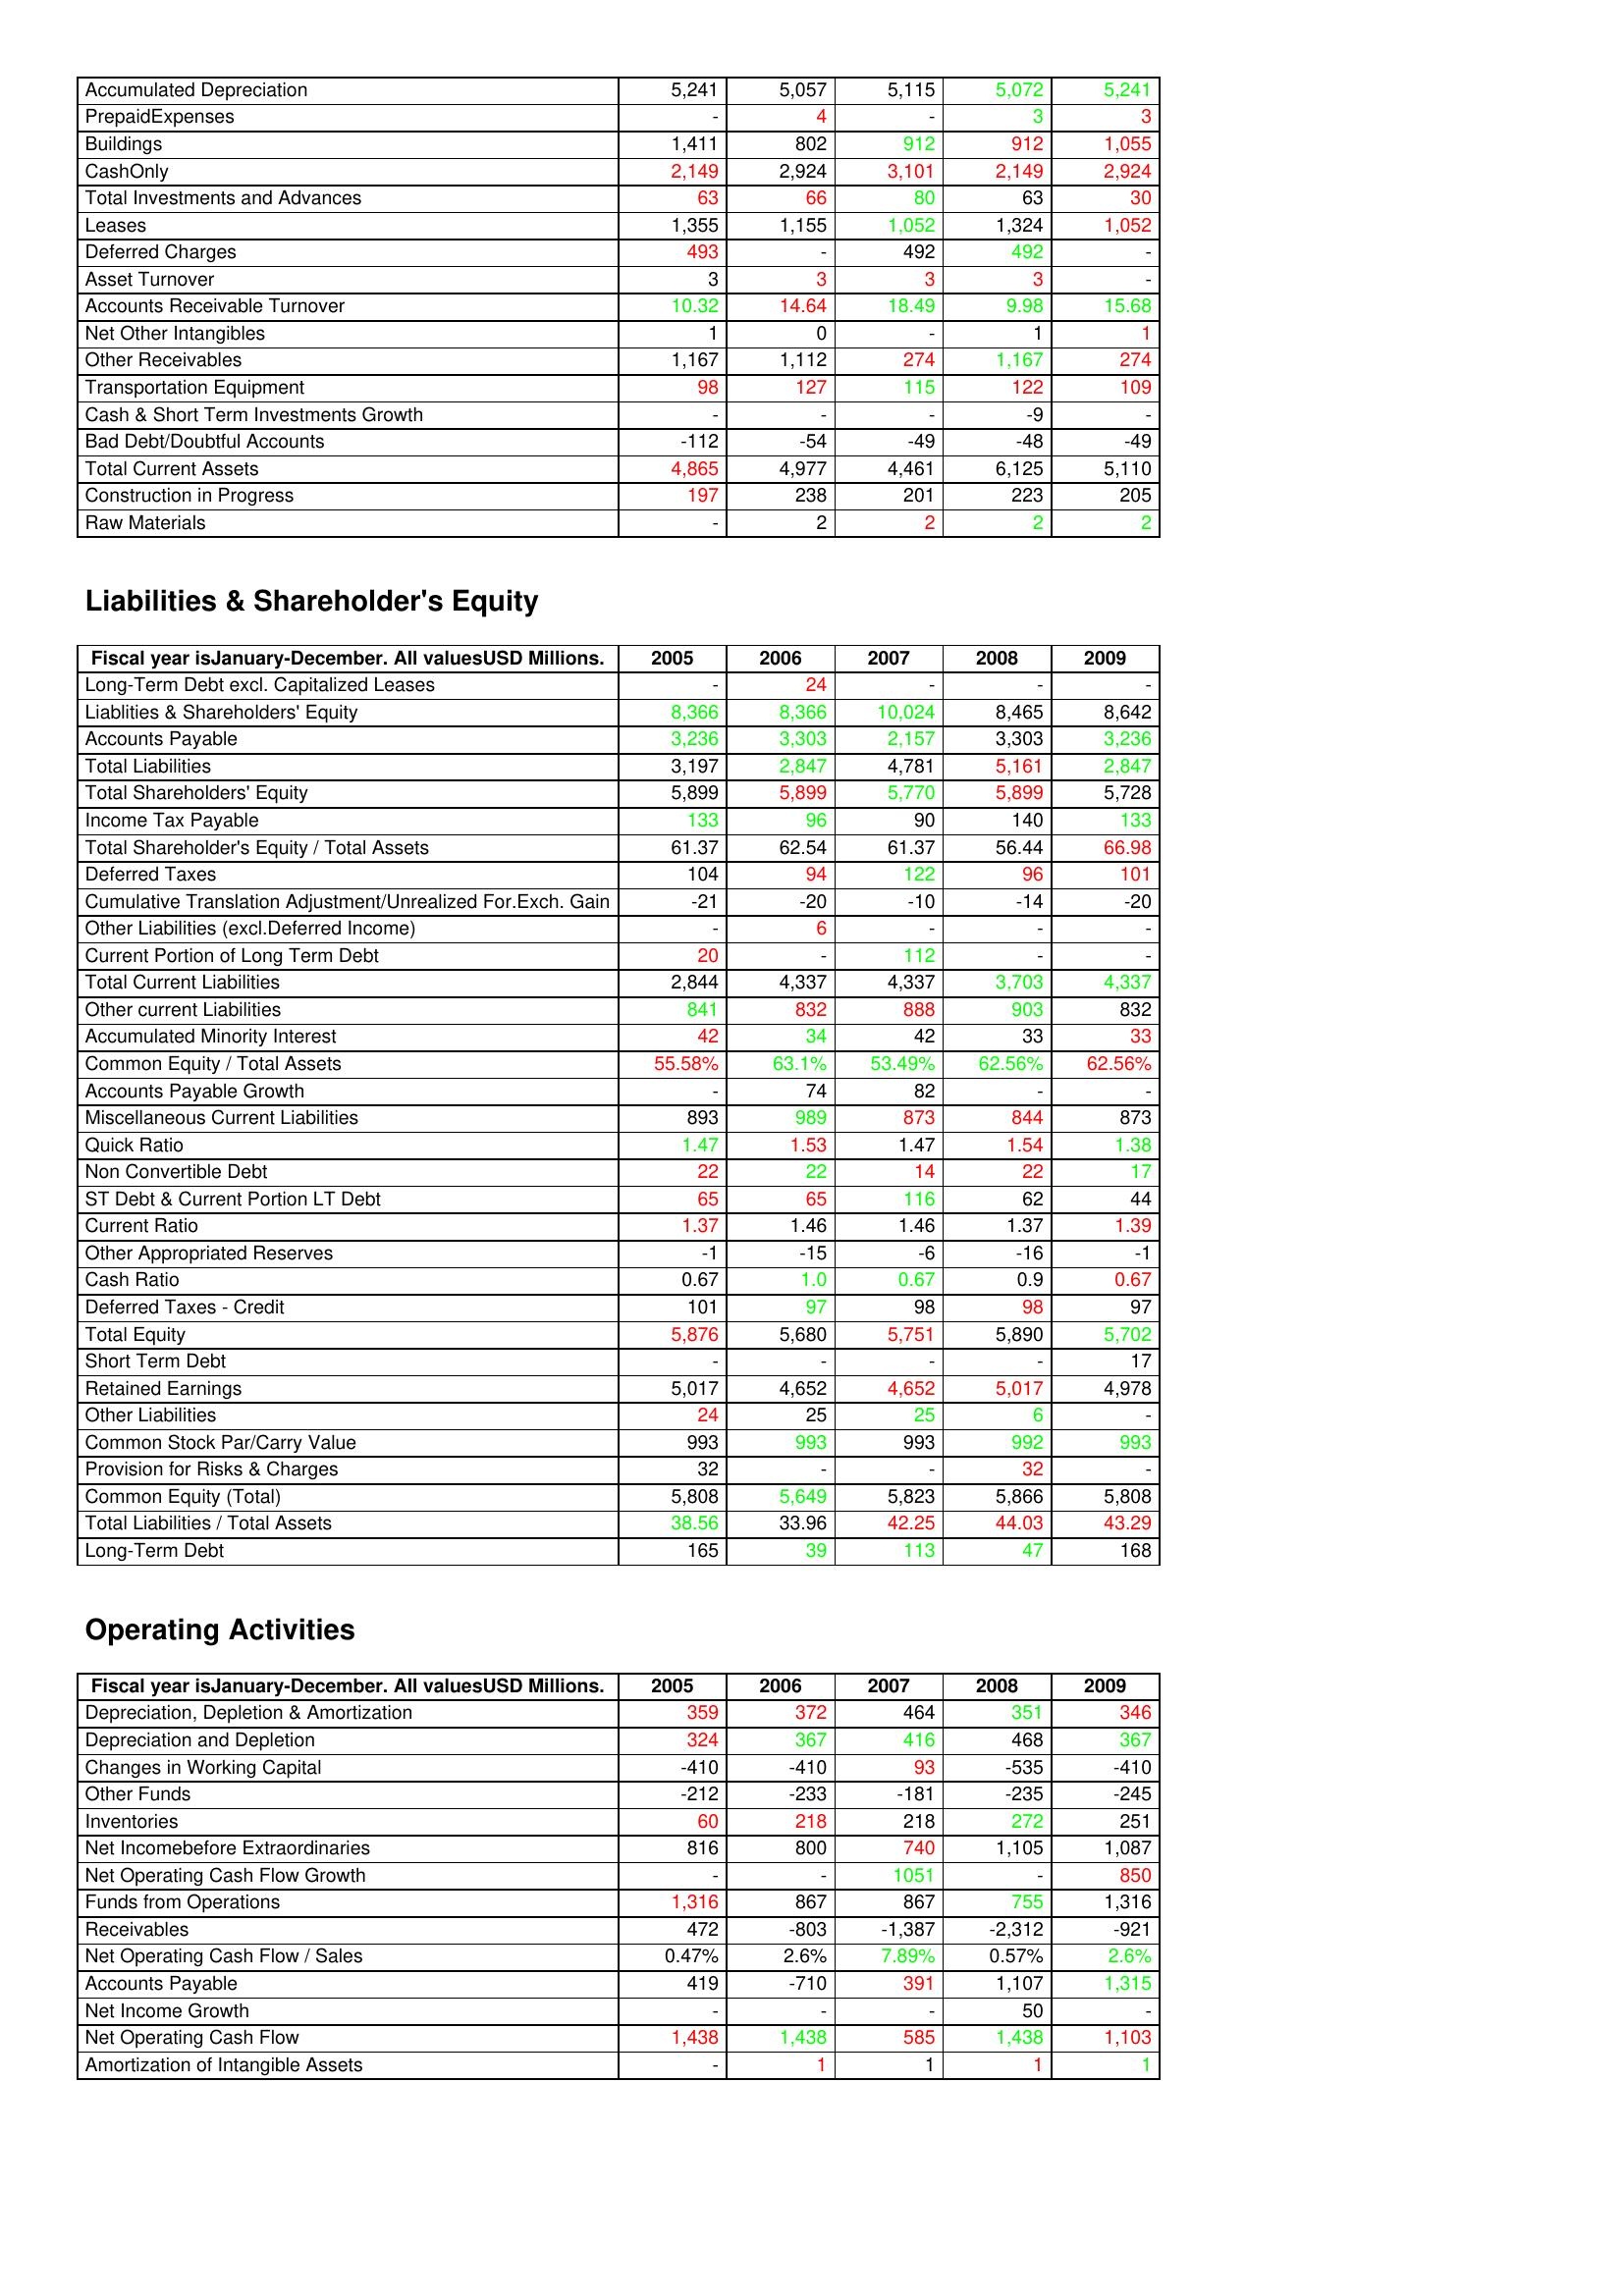
gt_parse: 2005: Assets: Accumulated Depreciation: 5,241
PrepaidExpenses: -
Buildings: 1,411
CashOnly: 2,149
Total Investments and Advances: 63
Leases: 1,355
Deferred Charges: 493
Asset Turnover: 3
Accounts Receivable Turnover: 10.32
Net Other Intangibles: 1
Other Receivables: 1,167
Transportation Equipment: 98
Cash & Short Term Investments Growth: -
Bad Debt/Doubtful Accounts: -112
Total Current Assets: 4,865
Construction in Progress: 197
Raw Materials: -
Liabilities & Shareholder's Equity: Long-Term Debt excl. Capitalized Leases: -
Liablities & Shareholders' Equity: 8,366
Accounts Payable: 3,236
Total Liabilities: 3,197
Total Shareholders' Equity: 5,899
Income Tax Payable: 133
Total Shareholder's Equity / Total Assets: 61.37
Deferred Taxes: 104
Cumulative Translation Adjustment/Unrealized For.Exch. Gain: -21
Other Liabilities (excl.Deferred Income): -
Current Portion of Long Term Debt: 20
Total Current Liabilities: 2,844
Other current Liabilities: 841
Accumulated Minority Interest: 42
Common Equity / Total Assets: 55.58%
Accounts Payable Growth: -
Miscellaneous Current Liabilities: 893
Quick Ratio: 1.47
Non Convertible Debt: 22
ST Debt & Current Portion LT Debt: 65
Current Ratio: 1.37
Other Appropriated Reserves: -1
Cash Ratio: 0.67
Deferred Taxes - Credit: 101
Total Equity: 5,876
Short Term Debt: -
Retained Earnings: 5,017
Other Liabilities: 24
Common Stock Par/Carry Value: 993
Provision for Risks & Charges: 32
Common Equity (Total): 5,808
Total Liabilities / Total Assets: 38.56
Long-Term Debt: 165
Operating Activities: Depreciation, Depletion & Amortization: 359
Depreciation and Depletion: 324
Changes in Working Capital: -410
Other Funds: -212
Inventories: 60
Net Incomebefore Extraordinaries: 816
Net Operating Cash Flow Growth: -
Funds from Operations: 1,316
Receivables: 472
Net Operating Cash Flow / Sales: 0.47%
Accounts Payable: 419
Net Income Growth: -
Net Operating Cash Flow: 1,438
Amortization of Intangible Assets: -
2006: Assets: Accumulated Depreciation: 5,057
PrepaidExpenses: 4
Buildings: 802
CashOnly: 2,924
Total Investments and Advances: 66
Leases: 1,155
Deferred Charges: -
Asset Turnover: 3
Accounts Receivable Turnover: 14.64
Net Other Intangibles: 0
Other Receivables: 1,112
Transportation Equipment: 127
Cash & Short Term Investments Growth: -
Bad Debt/Doubtful Accounts: -54
Total Current Assets: 4,977
Construction in Progress: 238
Raw Materials: 2
Liabilities & Shareholder's Equity: Long-Term Debt excl. Capitalized Leases: 24
Liablities & Shareholders' Equity: 8,366
Accounts Payable: 3,303
Total Liabilities: 2,847
Total Shareholders' Equity: 5,899
Income Tax Payable: 96
Total Shareholder's Equity / Total Assets: 62.54
Deferred Taxes: 94
Cumulative Translation Adjustment/Unrealized For.Exch. Gain: -20
Other Liabilities (excl.Deferred Income): 6
Current Portion of Long Term Debt: -
Total Current Liabilities: 4,337
Other current Liabilities: 832
Accumulated Minority Interest: 34
Common Equity / Total Assets: 63.1%
Accounts Payable Growth: 74
Miscellaneous Current Liabilities: 989
Quick Ratio: 1.53
Non Convertible Debt: 22
ST Debt & Current Portion LT Debt: 65
Current Ratio: 1.46
Other Appropriated Reserves: -15
Cash Ratio: 1.0
Deferred Taxes - Credit: 97
Total Equity: 5,680
Short Term Debt: -
Retained Earnings: 4,652
Other Liabilities: 25
Common Stock Par/Carry Value: 993
Provision for Risks & Charges: -
Common Equity (Total): 5,649
Total Liabilities / Total Assets: 33.96
Long-Term Debt: 39
Operating Activities: Depreciation, Depletion & Amortization: 372
Depreciation and Depletion: 367
Changes in Working Capital: -410
Other Funds: -233
Inventories: 218
Net Incomebefore Extraordinaries: 800
Net Operating Cash Flow Growth: -
Funds from Operations: 867
Receivables: -803
Net Operating Cash Flow / Sales: 2.6%
Accounts Payable: -710
Net Income Growth: -
Net Operating Cash Flow: 1,438
Amortization of Intangible Assets: 1
2007: Assets: Accumulated Depreciation: 5,115
PrepaidExpenses: -
Buildings: 912
CashOnly: 3,101
Total Investments and Advances: 80
Leases: 1,052
Deferred Charges: 492
Asset Turnover: 3
Accounts Receivable Turnover: 18.49
Net Other Intangibles: -
Other Receivables: 274
Transportation Equipment: 115
Cash & Short Term Investments Growth: -
Bad Debt/Doubtful Accounts: -49
Total Current Assets: 4,461
Construction in Progress: 201
Raw Materials: 2
Liabilities & Shareholder's Equity: Long-Term Debt excl. Capitalized Leases: -
Liablities & Shareholders' Equity: 10,024
Accounts Payable: 2,157
Total Liabilities: 4,781
Total Shareholders' Equity: 5,770
Income Tax Payable: 90
Total Shareholder's Equity / Total Assets: 61.37
Deferred Taxes: 122
Cumulative Translation Adjustment/Unrealized For.Exch. Gain: -10
Other Liabilities (excl.Deferred Income): -
Current Portion of Long Term Debt: 112
Total Current Liabilities: 4,337
Other current Liabilities: 888
Accumulated Minority Interest: 42
Common Equity / Total Assets: 53.49%
Accounts Payable Growth: 82
Miscellaneous Current Liabilities: 873
Quick Ratio: 1.47
Non Convertible Debt: 14
ST Debt & Current Portion LT Debt: 116
Current Ratio: 1.46
Other Appropriated Reserves: -6
Cash Ratio: 0.67
Deferred Taxes - Credit: 98
Total Equity: 5,751
Short Term Debt: -
Retained Earnings: 4,652
Other Liabilities: 25
Common Stock Par/Carry Value: 993
Provision for Risks & Charges: -
Common Equity (Total): 5,823
Total Liabilities / Total Assets: 42.25
Long-Term Debt: 113
Operating Activities: Depreciation, Depletion & Amortization: 464
Depreciation and Depletion: 416
Changes in Working Capital: 93
Other Funds: -181
Inventories: 218
Net Incomebefore Extraordinaries: 740
Net Operating Cash Flow Growth: 1051
Funds from Operations: 867
Receivables: -1,387
Net Operating Cash Flow / Sales: 7.89%
Accounts Payable: 391
Net Income Growth: -
Net Operating Cash Flow: 585
Amortization of Intangible Assets: 1
2008: Assets: Accumulated Depreciation: 5,072
PrepaidExpenses: 3
Buildings: 912
CashOnly: 2,149
Total Investments and Advances: 63
Leases: 1,324
Deferred Charges: 492
Asset Turnover: 3
Accounts Receivable Turnover: 9.98
Net Other Intangibles: 1
Other Receivables: 1,167
Transportation Equipment: 122
Cash & Short Term Investments Growth: -9
Bad Debt/Doubtful Accounts: -48
Total Current Assets: 6,125
Construction in Progress: 223
Raw Materials: 2
Liabilities & Shareholder's Equity: Long-Term Debt excl. Capitalized Leases: -
Liablities & Shareholders' Equity: 8,465
Accounts Payable: 3,303
Total Liabilities: 5,161
Total Shareholders' Equity: 5,899
Income Tax Payable: 140
Total Shareholder's Equity / Total Assets: 56.44
Deferred Taxes: 96
Cumulative Translation Adjustment/Unrealized For.Exch. Gain: -14
Other Liabilities (excl.Deferred Income): -
Current Portion of Long Term Debt: -
Total Current Liabilities: 3,703
Other current Liabilities: 903
Accumulated Minority Interest: 33
Common Equity / Total Assets: 62.56%
Accounts Payable Growth: -
Miscellaneous Current Liabilities: 844
Quick Ratio: 1.54
Non Convertible Debt: 22
ST Debt & Current Portion LT Debt: 62
Current Ratio: 1.37
Other Appropriated Reserves: -16
Cash Ratio: 0.9
Deferred Taxes - Credit: 98
Total Equity: 5,890
Short Term Debt: -
Retained Earnings: 5,017
Other Liabilities: 6
Common Stock Par/Carry Value: 992
Provision for Risks & Charges: 32
Common Equity (Total): 5,866
Total Liabilities / Total Assets: 44.03
Long-Term Debt: 47
Operating Activities: Depreciation, Depletion & Amortization: 351
Depreciation and Depletion: 468
Changes in Working Capital: -535
Other Funds: -235
Inventories: 272
Net Incomebefore Extraordinaries: 1,105
Net Operating Cash Flow Growth: -
Funds from Operations: 755
Receivables: -2,312
Net Operating Cash Flow / Sales: 0.57%
Accounts Payable: 1,107
Net Income Growth: 50
Net Operating Cash Flow: 1,438
Amortization of Intangible Assets: 1
2009: Assets: Accumulated Depreciation: 5,241
PrepaidExpenses: 3
Buildings: 1,055
CashOnly: 2,924
Total Investments and Advances: 30
Leases: 1,052
Deferred Charges: -
Asset Turnover: -
Accounts Receivable Turnover: 15.68
Net Other Intangibles: 1
Other Receivables: 274
Transportation Equipment: 109
Cash & Short Term Investments Growth: -
Bad Debt/Doubtful Accounts: -49
Total Current Assets: 5,110
Construction in Progress: 205
Raw Materials: 2
Liabilities & Shareholder's Equity: Long-Term Debt excl. Capitalized Leases: -
Liablities & Shareholders' Equity: 8,642
Accounts Payable: 3,236
Total Liabilities: 2,847
Total Shareholders' Equity: 5,728
Income Tax Payable: 133
Total Shareholder's Equity / Total Assets: 66.98
Deferred Taxes: 101
Cumulative Translation Adjustment/Unrealized For.Exch. Gain: -20
Other Liabilities (excl.Deferred Income): -
Current Portion of Long Term Debt: -
Total Current Liabilities: 4,337
Other current Liabilities: 832
Accumulated Minority Interest: 33
Common Equity / Total Assets: 62.56%
Accounts Payable Growth: -
Miscellaneous Current Liabilities: 873
Quick Ratio: 1.38
Non Convertible Debt: 17
ST Debt & Current Portion LT Debt: 44
Current Ratio: 1.39
Other Appropriated Reserves: -1
Cash Ratio: 0.67
Deferred Taxes - Credit: 97
Total Equity: 5,702
Short Term Debt: 17
Retained Earnings: 4,978
Other Liabilities: -
Common Stock Par/Carry Value: 993
Provision for Risks & Charges: -
Common Equity (Total): 5,808
Total Liabilities / Total Assets: 43.29
Long-Term Debt: 168
Operating Activities: Depreciation, Depletion & Amortization: 346
Depreciation and Depletion: 367
Changes in Working Capital: -410
Other Funds: -245
Inventories: 251
Net Incomebefore Extraordinaries: 1,087
Net Operating Cash Flow Growth: 850
Funds from Operations: 1,316
Receivables: -921
Net Operating Cash Flow / Sales: 2.6%
Accounts Payable: 1,315
Net Income Growth: -
Net Operating Cash Flow: 1,103
Amortization of Intangible Assets: 1